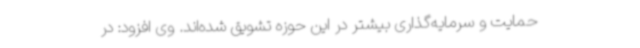
حمایت و سرمایه‌گذاری بیشتر در این حوزه تشویق شده‌اند. وی افزود: در